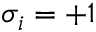
\sigma _ { i } = + 1